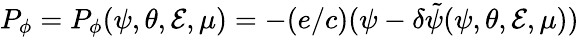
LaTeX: P_{\phi}=P_{\phi}(\psi,\theta,\mathcal{E},\mu)=-(e/c)(\psi-\delta\tilde{\psi}(\psi,\theta,\mathcal{E},\mu))